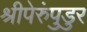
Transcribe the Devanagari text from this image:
श्रीपेरुंपुडुर